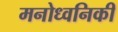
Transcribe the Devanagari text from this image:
मनोध्वनिकी